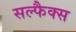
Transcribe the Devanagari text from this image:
सल्फैक्स